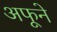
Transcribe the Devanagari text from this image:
अफूने